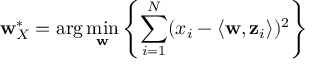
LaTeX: \mathbf { w } _ { X } ^ { * } = \arg \operatorname* { m i n } _ { \mathbf { w } } \left\{ \sum _ { i = 1 } ^ { N } ( x _ { i } - \langle \mathbf { w } , \mathbf { z } _ { i } \rangle ) ^ { 2 } \right\}